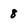
Character: 8